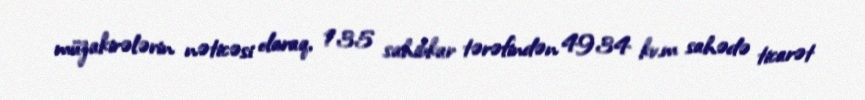
müzakirələrin nəticəsi olaraq, 135 sahibkar tərəfindən 4934 kv.m sahədə ticarət